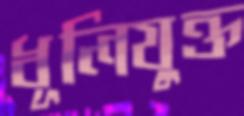
ধূলিযুক্ত